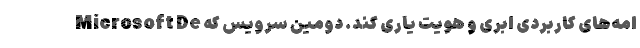
امه‌های کاربردی ابری و هویت یاری کند. دومین سرویس که Microsoft De